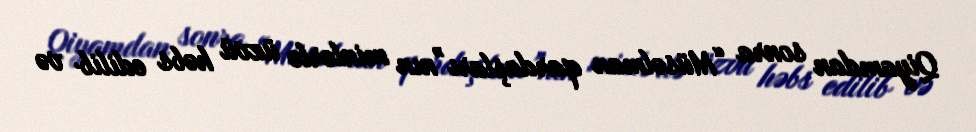
Qiyamdan sonra “Müsəlman qardaşları”nın minlərlə üzvü həbs edilib və